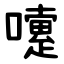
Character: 嚔